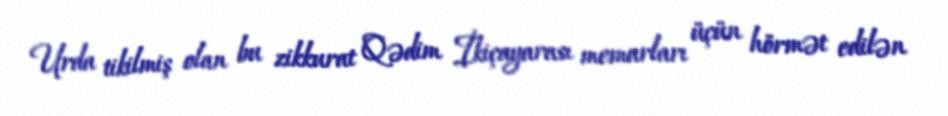
Urda tikilmiş olan bu zikkurat Qədim İkiçayarası memarları üçün hörmət edilən